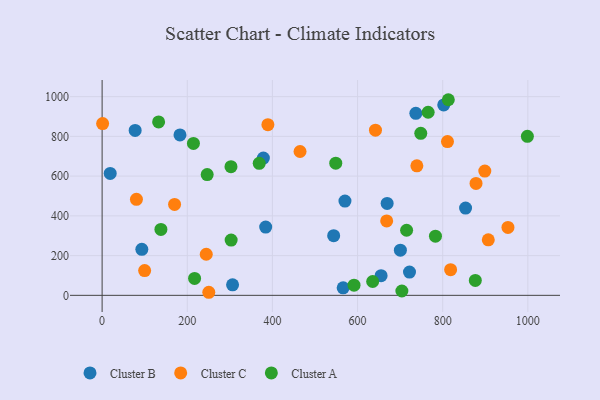
{"axis": {"x": "Investment", "y": "Yield"}, "legend": ["Cluster A", "Cluster B", "Cluster C"], "data": [{"x": "19.0", "y": 613.7, "type": "Cluster B"}, {"x": "736.9", "y": 915.8, "type": "Cluster B"}, {"x": "700.6", "y": 227.4, "type": "Cluster B"}, {"x": "570.4", "y": 474.4, "type": "Cluster B"}, {"x": "566.2", "y": 37.9, "type": "Cluster B"}, {"x": "306.4", "y": 52.8, "type": "Cluster B"}, {"x": "378.8", "y": 691.0, "type": "Cluster B"}, {"x": "182.9", "y": 807.1, "type": "Cluster B"}, {"x": "802.4", "y": 958.1, "type": "Cluster B"}, {"x": "543.9", "y": 300.2, "type": "Cluster B"}, {"x": "722.0", "y": 117.1, "type": "Cluster B"}, {"x": "77.6", "y": 829.9, "type": "Cluster B"}, {"x": "655.3", "y": 99.0, "type": "Cluster B"}, {"x": "853.7", "y": 439.4, "type": "Cluster B"}, {"x": "93.3", "y": 231.7, "type": "Cluster B"}, {"x": "384.2", "y": 343.6, "type": "Cluster B"}, {"x": "669.5", "y": 462.8, "type": "Cluster B"}, {"x": "250.6", "y": 15.4, "type": "Cluster C"}, {"x": "244.6", "y": 206.7, "type": "Cluster C"}, {"x": "953.3", "y": 341.6, "type": "Cluster C"}, {"x": "898.9", "y": 625.4, "type": "Cluster C"}, {"x": "170.2", "y": 457.3, "type": "Cluster C"}, {"x": "818.6", "y": 129.1, "type": "Cluster C"}, {"x": "464.9", "y": 723.8, "type": "Cluster C"}, {"x": "389.4", "y": 858.9, "type": "Cluster C"}, {"x": "642.1", "y": 831.0, "type": "Cluster C"}, {"x": "99.9", "y": 124.4, "type": "Cluster C"}, {"x": "907.1", "y": 279.5, "type": "Cluster C"}, {"x": "1.2", "y": 864.4, "type": "Cluster C"}, {"x": "739.3", "y": 651.8, "type": "Cluster C"}, {"x": "80.6", "y": 483.4, "type": "Cluster C"}, {"x": "878.3", "y": 563.3, "type": "Cluster C"}, {"x": "811.2", "y": 774.0, "type": "Cluster C"}, {"x": "668.4", "y": 374.4, "type": "Cluster C"}, {"x": "715.2", "y": 327.6, "type": "Cluster A"}, {"x": "548.8", "y": 665.3, "type": "Cluster A"}, {"x": "748.5", "y": 815.4, "type": "Cluster A"}, {"x": "303.1", "y": 278.0, "type": "Cluster A"}, {"x": "302.7", "y": 647.4, "type": "Cluster A"}, {"x": "704.1", "y": 21.7, "type": "Cluster A"}, {"x": "783.0", "y": 298.0, "type": "Cluster A"}, {"x": "998.9", "y": 800.1, "type": "Cluster A"}, {"x": "765.8", "y": 921.4, "type": "Cluster A"}, {"x": "813.2", "y": 984.5, "type": "Cluster A"}, {"x": "138.1", "y": 331.8, "type": "Cluster A"}, {"x": "217.2", "y": 84.9, "type": "Cluster A"}, {"x": "369.0", "y": 664.3, "type": "Cluster A"}, {"x": "246.8", "y": 607.9, "type": "Cluster A"}, {"x": "591.7", "y": 51.2, "type": "Cluster A"}, {"x": "635.5", "y": 69.6, "type": "Cluster A"}, {"x": "876.6", "y": 74.9, "type": "Cluster A"}, {"x": "214.5", "y": 764.7, "type": "Cluster A"}, {"x": "132.7", "y": 872.9, "type": "Cluster A"}]}